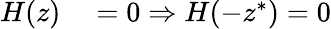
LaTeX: \begin{array}{r}{\begin{array}{rl}{H(z)}&{{}=0\Rightarrow H(-z^{*})=0}\end{array}}\end{array}